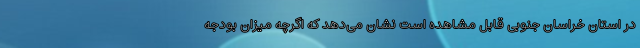
در استان خراسان جنوبی قابل مشاهده است نشان می‌دهد که اگرچه میزان بودجه